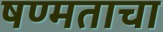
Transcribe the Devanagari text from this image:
षण्मताचा